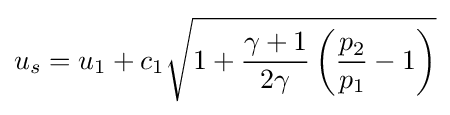
u_{s}=u_{1}+c_{1}{\sqrt {1+{\frac {\gamma +1}{2\gamma }}\left({\frac {p_{2}}{p_{1}}}-1\right)}}